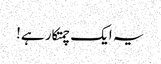
یہ ایک چمتکار ہے!